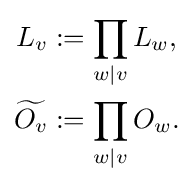
{\begin{aligned}L_{v}&:=\prod _{w|v}L_{w},\\{\widetilde {O_{v}}}&:=\prod _{w|v}O_{w}.\end{aligned}}